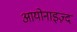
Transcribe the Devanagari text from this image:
आयोनाइज़्द